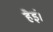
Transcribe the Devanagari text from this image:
हैइं।